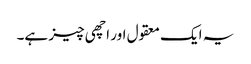
یہ ایک معقول اور اچھی چیز ہے۔